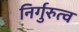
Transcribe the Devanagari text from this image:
निर्गुरुत्व